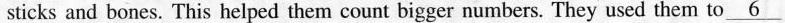
sticks and bones. This helped them count bigger numbers. They used them to \underline{6}